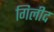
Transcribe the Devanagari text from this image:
गिलीद